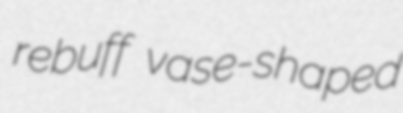
rebuff vase-shaped